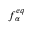
f _ { \alpha } ^ { e q }